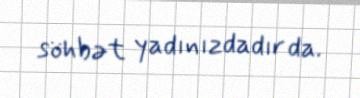
söhbət yadınızdadır da.